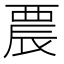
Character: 𨑇